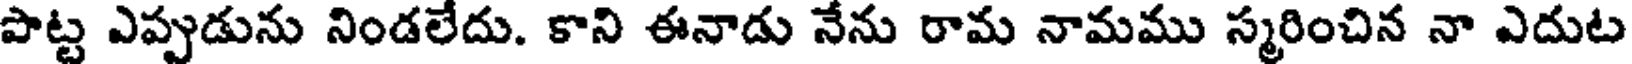
పొట్ట ఎప్పుడును నిండలేదు. కాని ఈనాడు నేను రామ నామము స్మరించిన నా ఎదుట